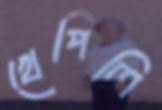
খেপিলি